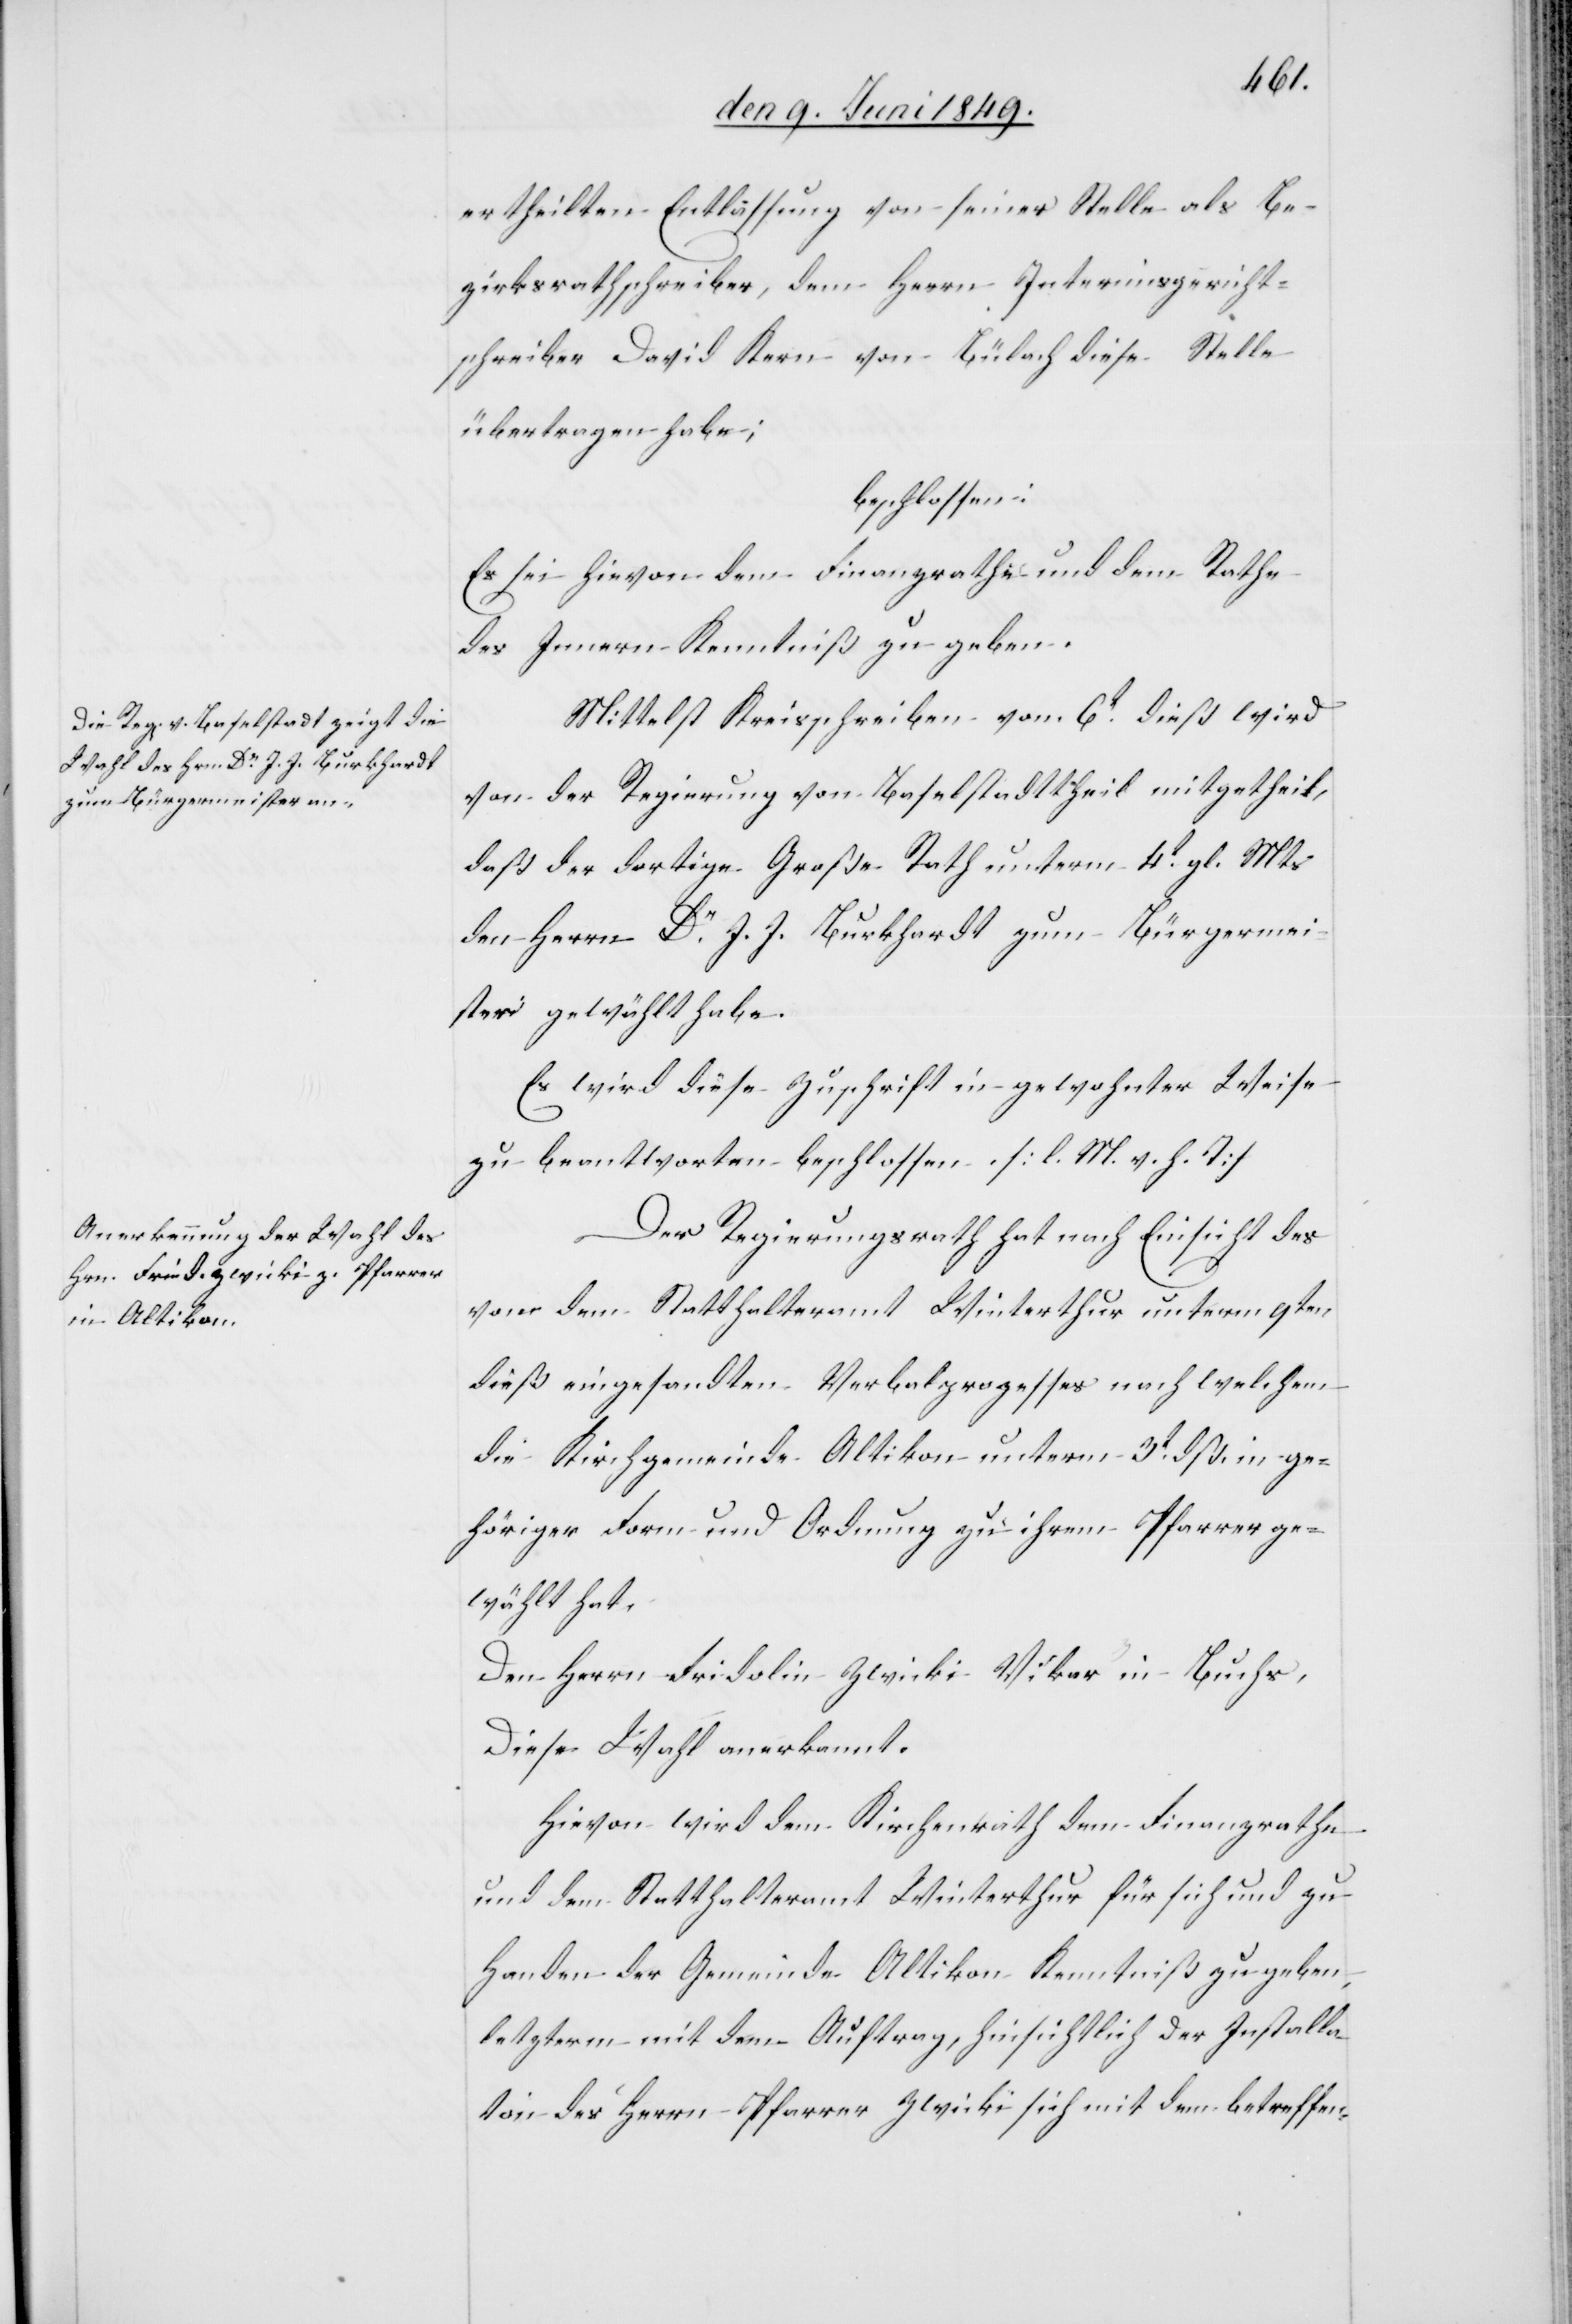
ertheilten Entlassung von seiner Stelle als Be¬
zirksrathschreiber, dem Herrn Interimsgericht¬
schreiber David Kern von Bülach diese Stelle
übertragen habe;
beschlossen:
Es sei hievon dem Finanzrathe und dem Rathe
des Innern Kenntniß zu geben.
Mittelst Kreisschreiben vom 6t dieß wird
von der Regierung von Baselstadttheil mitgetheilt,
daß der dortige Große Rath unterm 4t gl. Mts.
den Herrn Dr J. J. Burkhardt zum Bürgermei¬
ster gewählt habe.
Es wird diese Zuschrift in gewohnter Weise
zu beantworten beschlossen [l. M. h. T][.]
Der Regierungsrath hat nach Einsicht des
von dem Statthalteramt Winterthur unterm 9ten
dieß eingesandten Verbalprozesses nach welchem
die Kirchgemeinde Altikon unterm 3t dß. in ge¬
höriger Form und Ordnung zu ihrem Pfarrer ge¬
wählt hat.
Den Herrn Fridolin Zwicki Vikar in Buchs,
Diese Wahl anerkannt.
Hievon wird dem Kirchenrath dem Finanzrathe
und dem Statthalteramte Winterthur für sich und zu
Handen der Gemeinde Altikon Kenntniß zu geben
letzterm mit dem Auftrag, hinsichtlich der Installa¬
tion des Herrn Pfarrer Zwicki sich mit dem betreffen-